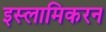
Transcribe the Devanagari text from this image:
इस्लामिकरन